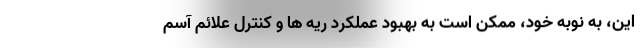
این، به نوبه خود، ممکن است به بهبود عملکرد ریه ها و کنترل علائم آسم